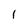
Character: l